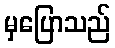
မှပြောသည်